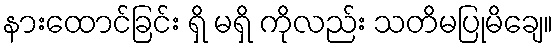
နားထောင်ခြင်း ရှိ မရှိ ကိုလည်း သတိမပြုမိချေ။